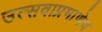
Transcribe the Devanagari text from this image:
उत्सवाप्रमाणेच